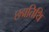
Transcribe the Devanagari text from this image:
छद्मतिथि